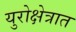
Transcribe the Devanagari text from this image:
युरोक्षेत्रात